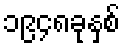
၁၉၄၈ခုနှစ်